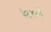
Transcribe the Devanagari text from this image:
वेदगर्भा